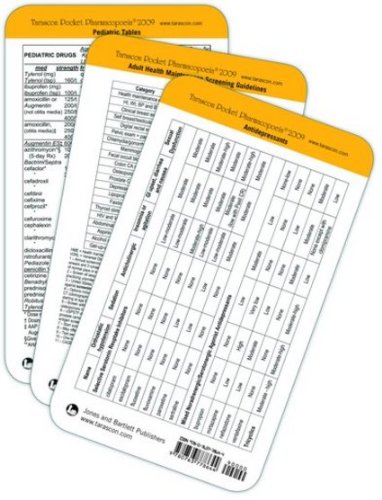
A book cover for Tarascon Primary Care Pocketbook Card: Perioperative Management; Joseph S. Esherick; Medical Books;